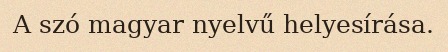
A szó magyar nyelvű helyesírása.